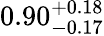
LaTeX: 0.90_{-0.17}^{+0.18}